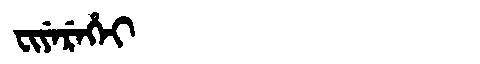
Manchu: ᠸᡳᠶᡝᡵᡝᡥᡝᡳ
Romanization: FIYEREHEI